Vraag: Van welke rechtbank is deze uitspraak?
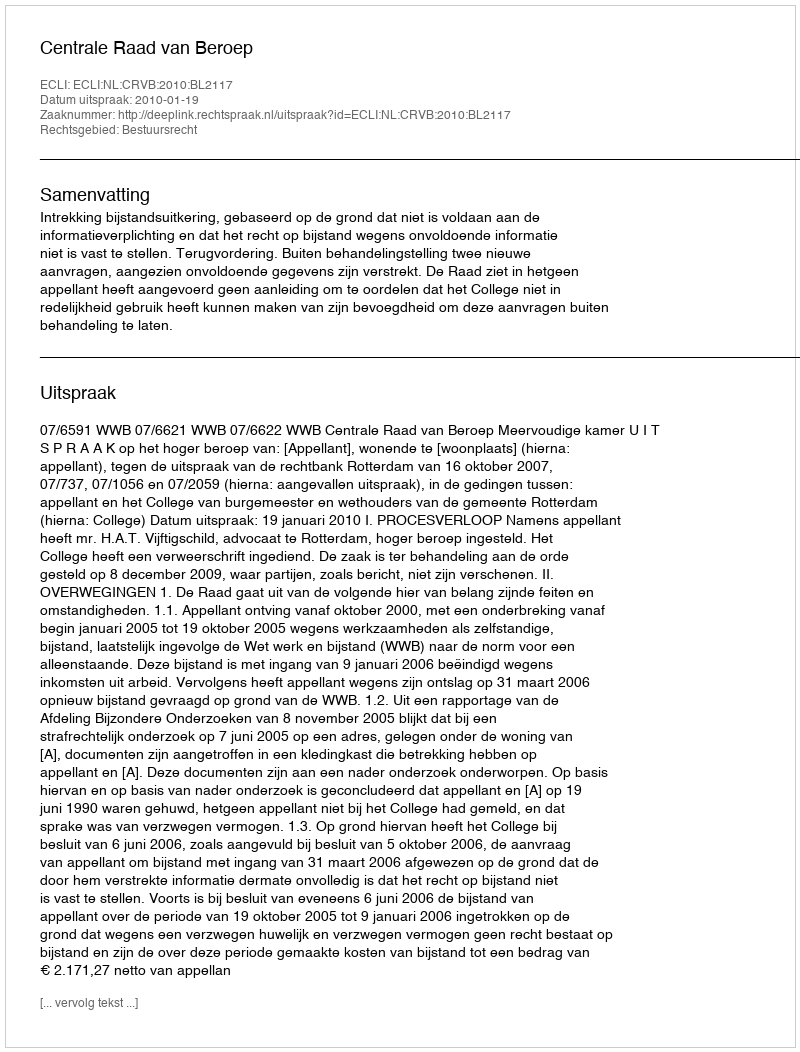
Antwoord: Centrale Raad van Beroep